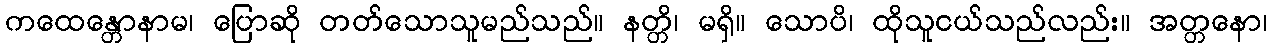
ကထေန္တောနာမ၊ ပြောဆို တတ်သောသူမည်သည်။ နတ္တိ၊ မရှိ။ သောပိ၊ ထိုသူငယ်သည်လည်း။ အတ္တနော၊